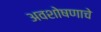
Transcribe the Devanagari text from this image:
अवशोषणाचे